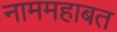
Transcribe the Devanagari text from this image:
नाममहाबत